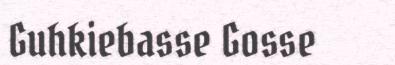
Guhkiebasse Gosse